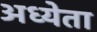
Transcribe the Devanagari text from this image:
अध्‍येता